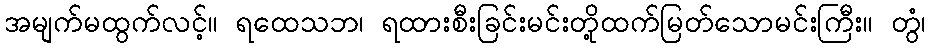
အမျက်မထွက်လင့်။ ရထေသဘ၊ ရထားစီးခြင်းမင်းတို့ထက်မြတ်သောမင်းကြီး။ တွံ၊